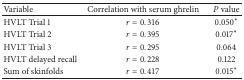
| Variable | Correlation with serum ghrelin | P value |
 | --- | --- | --- |
 | HVLT Trial 1 | r = 0.316 | 0.050* |
 | HVLT Trial 2 | r = 0.395 | 0.017* |
 | HVLT Trial 3 | r = 0.295 | 0.064 |
 | HVLT delayed recall | r = 0.228 | 0.122 |
 | Sum of skinfolds | r = 0.417 | 0.015* |